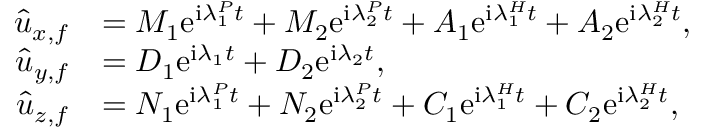
\begin{array} { r l } { \hat { u } _ { x , f } } & { = M _ { 1 } \mathrm { e } ^ { \mathrm { i } \lambda _ { 1 } ^ { P } t } + M _ { 2 } \mathrm { e } ^ { \mathrm { i } \lambda _ { 2 } ^ { P } t } + A _ { 1 } \mathrm { e } ^ { \mathrm { i } { \lambda } _ { 1 } ^ { H } t } + A _ { 2 } \mathrm { e } ^ { \mathrm { i } { \lambda } _ { 2 } ^ { H } t } , } \\ { \hat { u } _ { y , f } } & { = D _ { 1 } \mathrm { e } ^ { \mathrm { i } \lambda _ { 1 } t } + D _ { 2 } \mathrm { e } ^ { \mathrm { i } \lambda _ { 2 } t } , } \\ { \hat { u } _ { z , f } } & { = N _ { 1 } \mathrm { e } ^ { \mathrm { i } \lambda _ { 1 } ^ { P } t } + N _ { 2 } \mathrm { e } ^ { \mathrm { i } \lambda _ { 2 } ^ { P } t } + C _ { 1 } \mathrm { e } ^ { \mathrm { i } { \lambda } _ { 1 } ^ { H } t } + C _ { 2 } \mathrm { e } ^ { \mathrm { i } { \lambda } _ { 2 } ^ { H } t } , } \end{array}